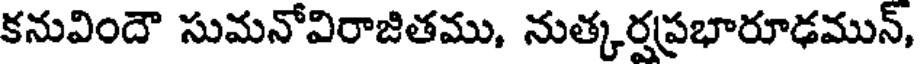
కనువిందౌ సుమనోవిరాజితము, నుత్కర్షప్రభారూఢమున్,